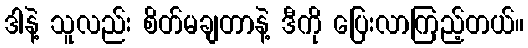
ဒါနဲ့ သူလည်း စိတ်မချတာနဲ့ ဒီကို ပြေးလာကြည့်တယ်။